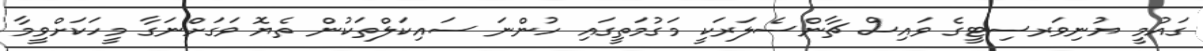
ގައުމީ ޔުނިވަރސިޓީގެ ވައިސް ޗާންސެލަރަކީ މަގުމަތީގައި ހުންނަ ސައިކަލްތަކުން ތެޔޮ ވަގަށްނަގާ މީހަކަށްވީމާ